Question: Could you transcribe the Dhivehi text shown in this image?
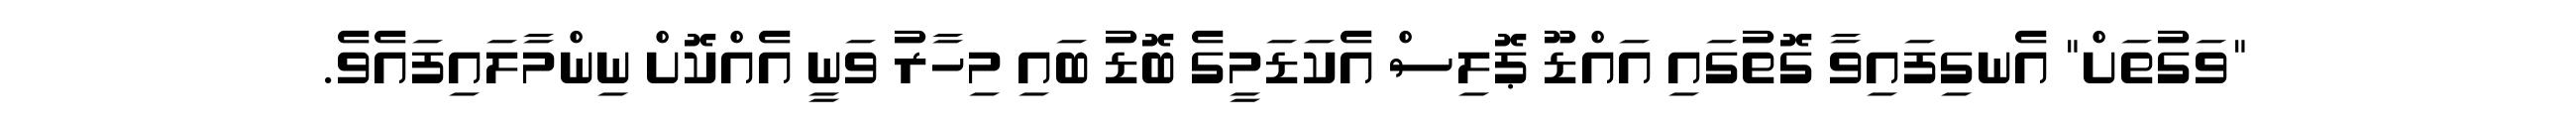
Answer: "ވަގުތަށް" އެނގިފައިވާ ގޮތުގައި އައްޑޫ ޕޮލިސް އެކަޑަމީގެ ބޮޑު ބައި މިހާރު ވަނީ އެއްކޮށް ނިންމާލައިފައެވެ.